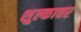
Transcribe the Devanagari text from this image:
शुल्कावर